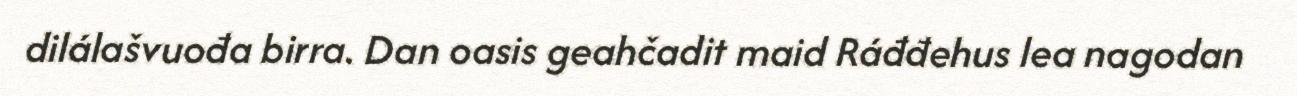
dilálašvuođa birra. Dan oasis geahčadit maid Ráđđehus lea nagodan